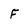
Character: F